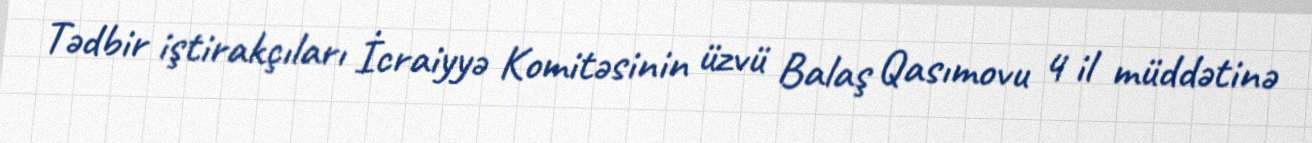
Tədbir iştirakçıları İcraiyyə Komitəsinin üzvü Balaş Qasımovu 4 il müddətinə